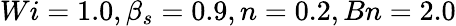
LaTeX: Wi=1.0,\beta_{s}=0.9,n=0.2,Bn=2.0